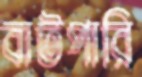
বাটপারি